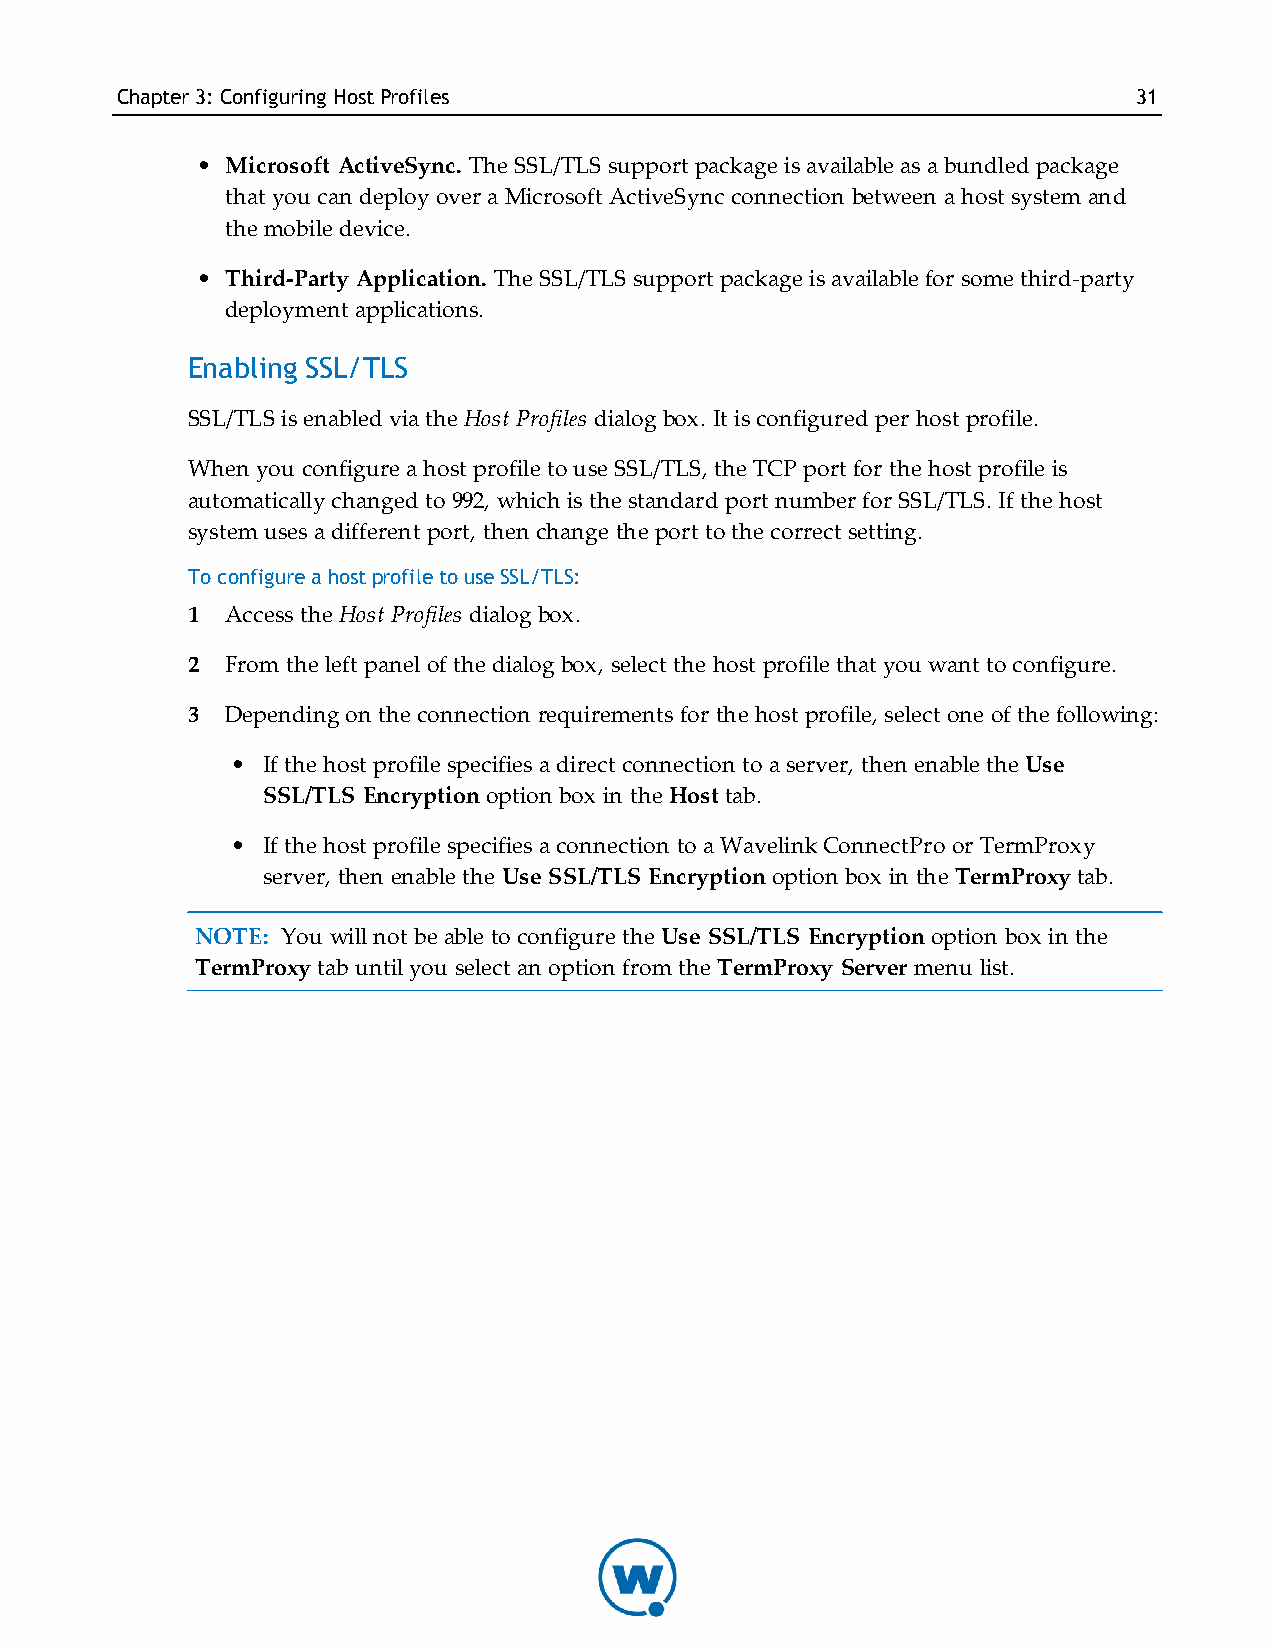
Chapter3: Configuring HostProfiles                                 31
 • Microsoft ActiveSync. The SSL/TLS support package is available as a bundled package
 that you can deploy over a Microsoft ActiveSync connection between a host system and
 the mobile device.
 • Third-Party Application. The SSL/TLS support package is available for some third-party
 deployment applications.
 Enabling SSL/TLS
 SSL/TLS is enabled via the Host Profiles dialog box. It is configured per host profile.
 When you configure a host profile to use SSL/TLS, the TCP port for the host profile is
 automatically changed to 992, which is the standard port number for SSL/TLS. If the host
 system uses a different port, then change the port to the correct setting.
 To configure a host profile to use SSL/TLS:
 1  Access the Host Profiles dialog box.
 2  From the left panel of the dialog box, select the host profile that you want to configure.
 3  Depending on the connection requirements for the host profile, select one of the following:
 • If the host profile specifies a direct connection to a server, then enable the Use
 SSL/TLS Encryption option box in the Host tab.
 • If the host profile specifies a connection to a Wavelink ConnectPro or TermProxy
 server, then enable the Use SSL/TLS Encryption option box in the TermProxy tab.
 NOTE: You will not be able to configure the Use SSL/TLS Encryption option box in the
 TermProxy tab until you select an option from the TermProxy Server menu list.